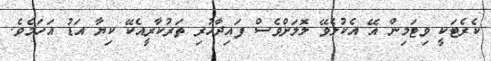
ކެރެޓަކީ ވިޓަމިން އޭ އެކުލެވޭ ލޮލަށްވެސް ފައިދާހުރި ތަރުކާރީއެކޭ ކިޔާ އަޑު އަހަމެވެ.